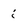
Character: i